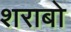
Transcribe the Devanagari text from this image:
शराबो